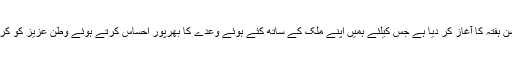
انہوں نے کہا کہ نیب لاہور نے آج سے اینٹی کرپشن ہفتہ کا آغاز کر دیا ہے جس کیلئے ہمیں اپنے ملک کے ساتھ کئے ہوئے وعدے کا بھرپور احساس کرتے ہوئے وطن عزیز کو کرپشن جیسی لعنت سے پاک کرنے کا عہد کرنا ہے۔